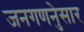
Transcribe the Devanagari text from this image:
जनगणनेुसार